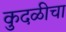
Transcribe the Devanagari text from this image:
कुदळीचा